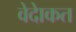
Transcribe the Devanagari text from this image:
वेदेाकत